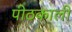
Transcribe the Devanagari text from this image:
पीठकाली